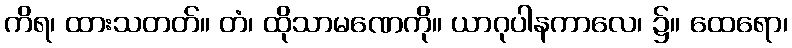
ကိရ၊ ထားသတတ်။ တံ၊ ထိုသာမဏေကို။ ယာဂုပါနကာလေ၊ ၌။ ထေရော၊